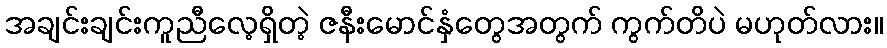
အချင်းချင်းကူညီလေ့ရှိတဲ့ ဇနီးမောင်နှံတွေအတွက် ကွက်တိပဲ မဟုတ်လား။